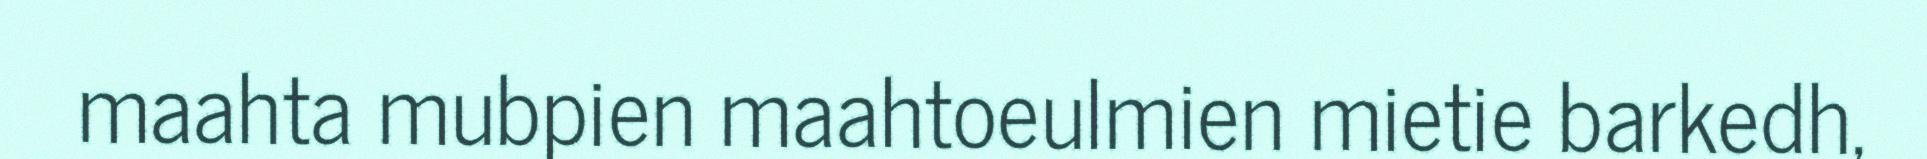
maahta mubpien maahtoeulmien mietie barkedh,